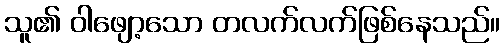
သူ၏ ဝါဖျော့သော တလက်လက်ဖြစ်နေသည်။